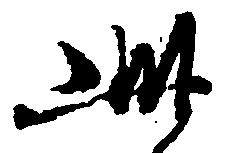
此